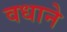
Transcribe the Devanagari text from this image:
वधाने